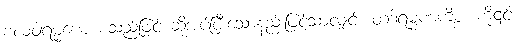
ဗလဝါရမ္မဏေ စသည်ဖြင့် ဆိုအပ်ပြီးသောနည်းဖြင့်သာလျှင်။ တဒါရမ္မဏကိစ္စံ၊ ကို၎င်း။